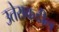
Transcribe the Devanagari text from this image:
उतेराकडील